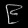
Digit: ၉